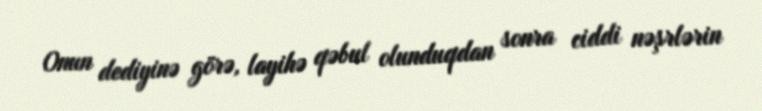
Onun dediyinə görə, layihə qəbul olunduqdan sonra ciddi nəşrlərin